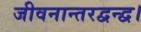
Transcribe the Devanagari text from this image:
जीवनान्तरद्वन्द्व।